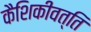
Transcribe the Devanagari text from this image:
कैशिकीवत्ति